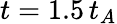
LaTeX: t=1.5\, t_{A}